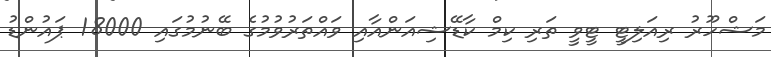
މަޝްހޫރު ރިއަލިޓީ ޓީވީ ތަރި ކިމް ކާޑޭޝިއަންއާއި ވައްތަރުވުމުގެ ބޭނުމުގައި 18000 ޕައުންޑު